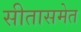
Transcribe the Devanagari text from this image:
सीतासमेत